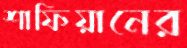
শাফিয়ানের